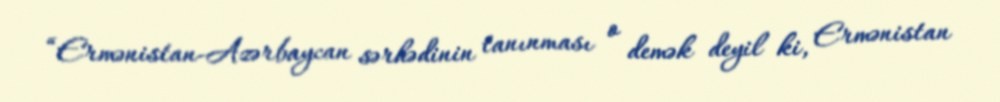
“Ermənistan-Azərbaycan sərhədinin tanınması o demək deyil ki, Ermənistan